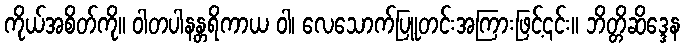
ကိုယ်အစိတ်ကို။ ဝါတပါနန္တရိကာယ ဝါ၊ လေသောက်ပြူတင်းအကြားဖြင့်၎င်း။ ဘိတ္တိဆိဒ္ဒေန